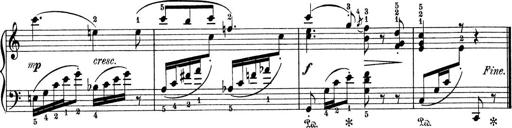
Title: 9 Sonatinen
Composer: Alexander Winterberger